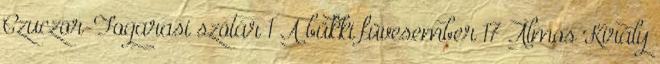
Czuczor-Fogarasi szótár 1 A bükki füvesember 17 Álmos Király